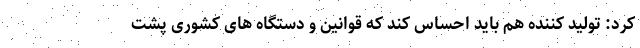
کرد: تولید کننده هم باید احساس کند که قوانین و دستگاه های کشوری پشت